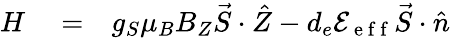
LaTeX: \begin{array}{rlr}{H}&{{}=}&{g_{S}\mu_{B}B_{Z}\vec{S}\cdot\hat{Z}-d_{e}\mathcal{E}_{\mathrm{~e~f~f~}}\vec{S}\cdot\hat{n}}\end{array}